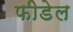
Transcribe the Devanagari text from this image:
फीडेल